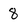
Character: 8